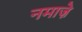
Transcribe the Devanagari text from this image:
नमाजे़